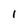
Character: 1